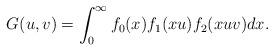
LaTeX: \begin{align*} G(u,v) = \int_0^\infty f_0(x) f_1(xu) f_2(x u v) dx.\end{align*}